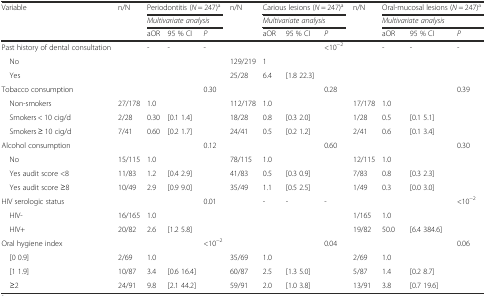
<table><thead><tr><td rowspan="3"><b>Variable</b></td><td rowspan="3"><b>n/N</b></td><td colspan="3"><b>Periodontitis (<i>N</i> = 247)<sup>a</sup></b></td><td rowspan="3"><b>n/N</b></td><td colspan="3"><b>Carious lesions (<i>N</i> = 247)<sup>a</sup></b></td><td rowspan="3"><b>n/N</b></td><td colspan="3"><b>Oral-mucosal lesions (<i>N</i> = 247)<sup>a</sup></b></td></tr><tr><td colspan="3"><b><i>Multivariate analysis</i></b></td><td colspan="3"><b><i>Multivariate analysis</i></b></td><td colspan="3"><b><i>Multivariate analysis</i></b></td></tr><tr><td><b>aOR</b></td><td><b>95 % CI</b></td><td><b><i>P</i></b></td><td><b>aOR</b></td><td><b>95 % CI</b></td><td><b><i>P</i></b></td><td><b>aOR</b></td><td><b>95 % CI</b></td><td><b><i>P</i></b></td></tr></thead><tbody><tr><td>Past history of dental consultation</td><td></td><td>-</td><td>-</td><td>-</td><td></td><td></td><td></td><td>&lt;10<sup>−2</sup></td><td></td><td>-</td><td>-</td><td>-</td></tr><tr><td> No</td><td></td><td></td><td></td><td></td><td>129/219</td><td>1</td><td></td><td></td><td></td><td></td><td></td><td></td></tr><tr><td> Yes</td><td></td><td></td><td></td><td></td><td>25/28</td><td>6.4</td><td>[1.8 22.3]</td><td></td><td></td><td></td><td></td><td></td></tr><tr><td>Tobacco consumption</td><td></td><td></td><td></td><td>0.30</td><td></td><td></td><td></td><td>0.28</td><td></td><td></td><td></td><td>0.39</td></tr><tr><td> Non-smokers</td><td>27/178</td><td>1.0</td><td></td><td></td><td>112/178</td><td>1.0</td><td></td><td></td><td>17/178</td><td>1.0</td><td></td><td></td></tr><tr><td> Smokers &lt; 10 cig/d</td><td>2/28</td><td>0.30</td><td>[0.1 1.4]</td><td></td><td>18/28</td><td>0.8</td><td>[0.3 2.0]</td><td></td><td>1/28</td><td>0.5</td><td>[0.1 5.1]</td><td></td></tr><tr><td> Smokers ≥ 10 cig/d</td><td>7/41</td><td>0.60</td><td>[0.2 1.7]</td><td></td><td>24/41</td><td>0.5</td><td>[0.2 1.2]</td><td></td><td>2/41</td><td>0.6</td><td>[0.1 3.4]</td><td></td></tr><tr><td>Alcohol consumption</td><td></td><td></td><td></td><td>0.12</td><td></td><td></td><td></td><td>0.60</td><td></td><td></td><td></td><td>0.30</td></tr><tr><td> No</td><td>15/115</td><td>1.0</td><td></td><td></td><td>78/115</td><td>1.0</td><td></td><td></td><td>12/115</td><td>1.0</td><td></td><td></td></tr><tr><td> Yes audit score &lt;8</td><td>11/83</td><td>1.2</td><td>[0.4 2.9]</td><td></td><td>41/83</td><td>0.5</td><td>[0.3 0.9]</td><td></td><td>7/83</td><td>0.8</td><td>[0.3 2.3]</td><td></td></tr><tr><td> Yes audit score ≥8</td><td>10/49</td><td>2.9</td><td>[0.9 9.0]</td><td></td><td>35/49</td><td>1.1</td><td>[0.5 2.5]</td><td></td><td>1/49</td><td>0.3</td><td>[0.0 3.0]</td><td></td></tr><tr><td>HIV serologic status</td><td></td><td></td><td></td><td>0.01</td><td></td><td>-</td><td>-</td><td>-</td><td></td><td></td><td></td><td>&lt;10<sup>−2</sup></td></tr><tr><td> HIV-</td><td>16/165</td><td>1.0</td><td></td><td></td><td></td><td></td><td></td><td></td><td>1/165</td><td>1.0</td><td></td><td></td></tr><tr><td> HIV+</td><td>20/82</td><td>2.6</td><td>[1.2 5.8]</td><td></td><td></td><td></td><td></td><td></td><td>19/82</td><td>50.0</td><td>[6.4 384.6]</td><td></td></tr><tr><td>Oral hygiene index</td><td></td><td></td><td></td><td>&lt;10<sup>−2</sup></td><td></td><td></td><td></td><td>0.04</td><td></td><td></td><td></td><td>0.06</td></tr><tr><td> [0 0.9]</td><td>2/69</td><td>1.0</td><td></td><td></td><td>35/69</td><td>1.0</td><td></td><td></td><td>2/69</td><td>1.0</td><td></td><td></td></tr><tr><td> [1 1.9]</td><td>10/87</td><td>3.4</td><td>[0.6 16.4]</td><td></td><td>60/87</td><td>2.5</td><td>[1.3 5.0]</td><td></td><td>5/87</td><td>1.4</td><td>[0.2 8.7]</td><td></td></tr><tr><td> ≥2</td><td>24/91</td><td>9.8</td><td>[2.1 44.2]</td><td></td><td>59/91</td><td>2.0</td><td>[1.0 3.8]</td><td></td><td>13/91</td><td>3.8</td><td>[0.7 19.6]</td><td></td></tr></tbody></table>